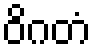
ဝိဂတံ